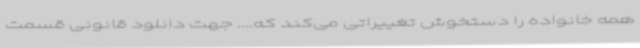
همه خانواده را دستخوش تغییراتی می‌کند که.... جهت دانلود قانونی قسمت